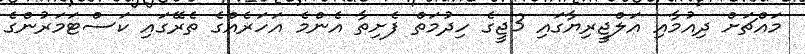
މައްޗަށް ދިއުމާއި އަލްޖީރިޔާގައި 3ޖީގެ ހިދުމަތް ފެށިތާ އެންމެ އަހަރެއްގެ ތެރޭގައި ކަސްޓަމަރުންގެ